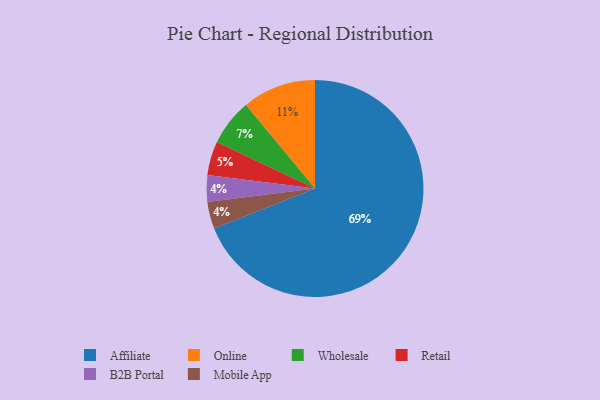
{"axis": {"x": "Category", "y": "Percentage"}, "legend": ["Affiliate", "B2B Portal", "Mobile App", "Online", "Retail", "Wholesale"], "data": [{"x": "Affiliate", "y": 69, "type": "Affiliate"}, {"x": "Online", "y": 11, "type": "Online"}, {"x": "B2B Portal", "y": 4, "type": "B2B Portal"}, {"x": "Retail", "y": 5, "type": "Retail"}, {"x": "Wholesale", "y": 7, "type": "Wholesale"}, {"x": "Mobile App", "y": 4, "type": "Mobile App"}]}